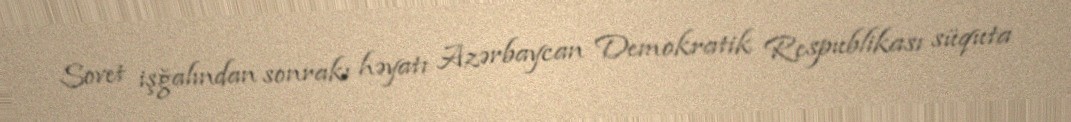
Sovet işğalından sonrakı həyatı Azərbaycan Demokratik Respublikası süquta